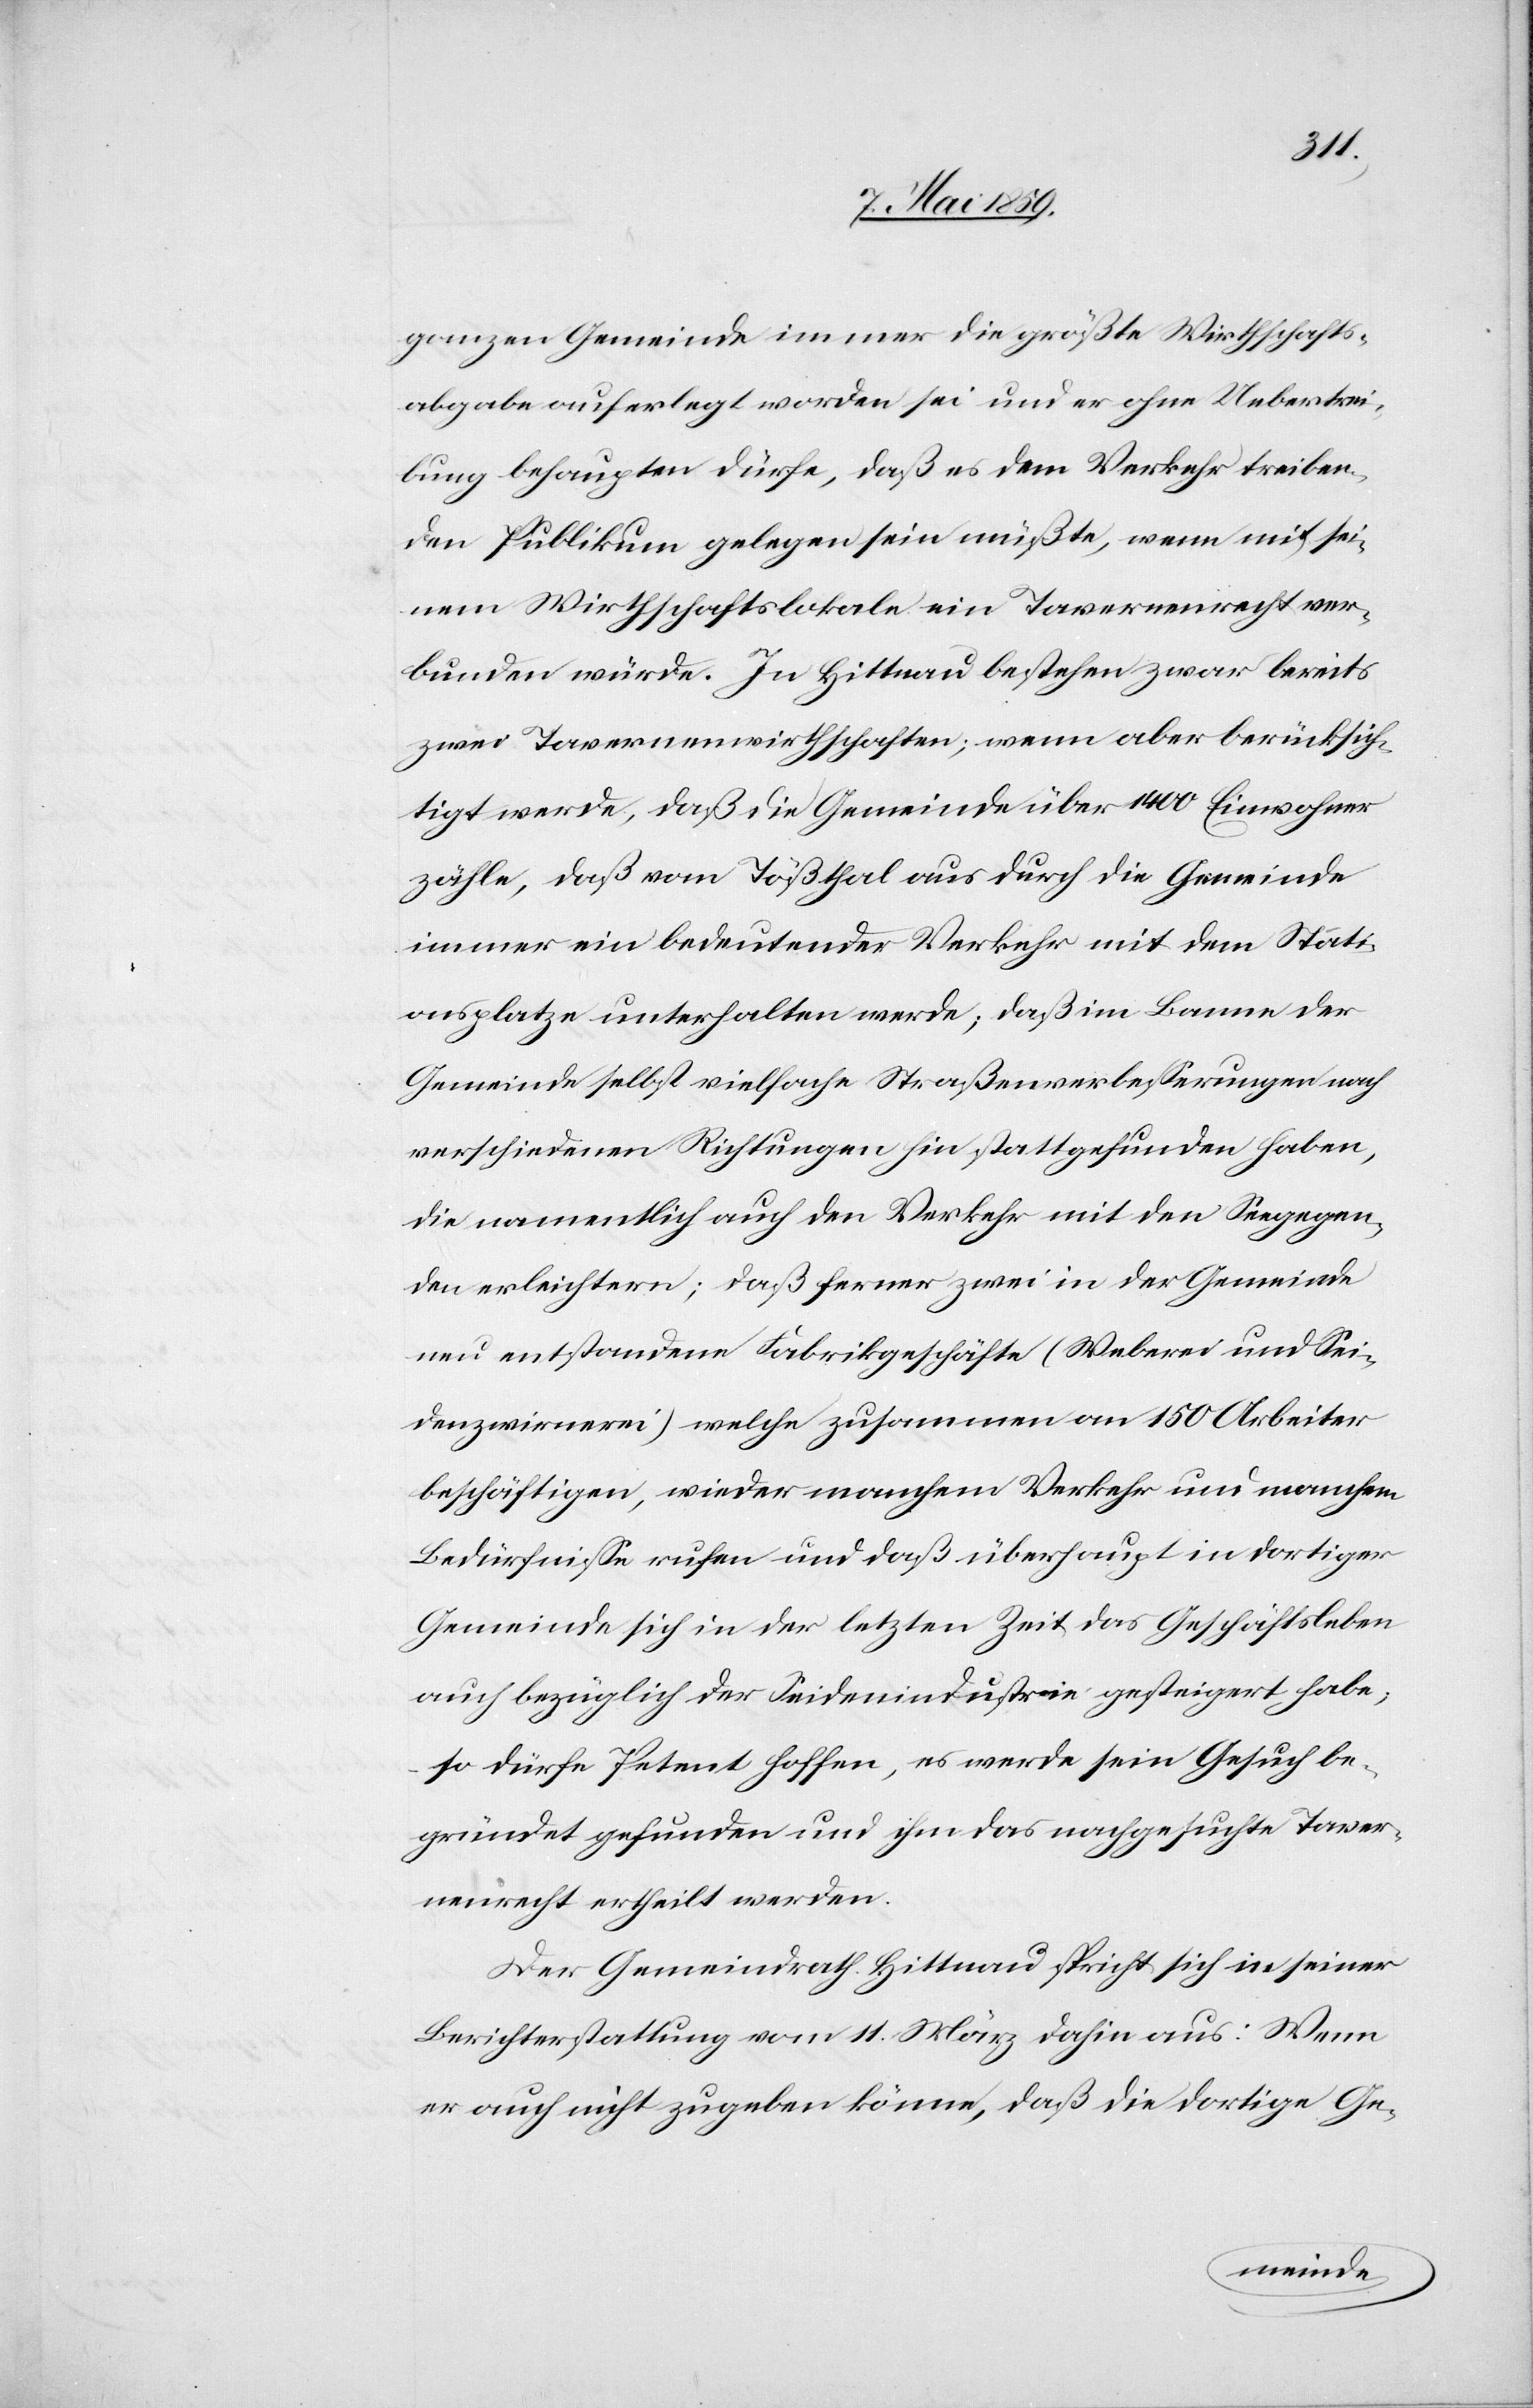
ganzen Gemeinde immer die größte Wirthschafts¬
abgabe auferlegt worden sei und er ohne Uebertrei¬
bung behaupten dürfe, daß es dem Verkehr treiben¬
den Publikum gelegen sein müßte, wenn mit sei¬
nem Wirthschaftslokale ein Tavernenrecht ver¬
bunden würde. In Hittnau bestehen zwar bereits
zwei Tavernenwirthschaften; wenn aber berücksich¬
tigt werde, daß die Gemeinde über 1400 Einwohner
zähle, daß vom Tößthal aus durch die Gemeinde
immer ein bedeutender Verkehr mit dem Stati¬
onsplatze unterhalten werde; daß im Banne der
Gemeinde selbst vielfache Straßenverbeßerungen nach
verschiedenen Richtungen hin stattgefunden haben,
die namentlich auch den Verkehr mit den Seegegen¬
den erleichtern; daß ferner zwei in der Gemeinde
neu entstandene Fabrikgeschäfte (Weberei und Sei¬
denzwirnerei) welche zusammen an 150 Arbeiter
beschäftigen, wieder manchem Verkehr und manchem
Bedürfniße rufen und daß überhaupt in dortiger
Gemeinde sich in der letzten Zeit das Geschäftsleben
auch bezüglich der Seidenindustrie gesteigert habe;
so dürfe Petent hoffen, es werde sein Gesuch be¬
gründet gefunden und ihm das nachgesuchte Taver¬
nenrecht ertheilt werden.
Der Gemeindrath Hittnau spricht sich in seiner
Berichterstattung vom 11. März dahin aus: Wenn
er auch nicht zugeben könne, daß die dortige Ge-